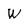
Character: W